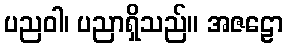
ပညဝါ၊ ပညာရှိသည်။ အဇဠော